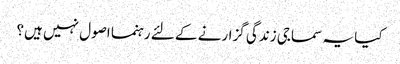
کیا یہ سماجی زندگی گزارنے کے لئے رہنما اصول نہیں ہیں؟